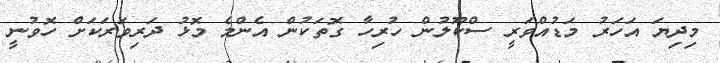
މިދިޔަ އަހަރު މަޑުއްވަރީ ސްކޫލުން ހުރިހާ ގޮތަކުން އެންމެ މޮޅު ދަރިވަރަކަށް ހޮވުނީ